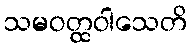
သမဝတ္ထဝါသေတိ